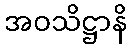
အဝသိဋ္ဌာနိ